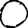
Digit: 0